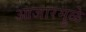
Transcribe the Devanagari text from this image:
आजारमुळे